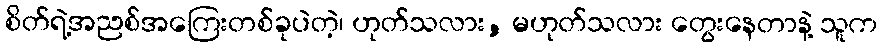
စိတ်ရဲ့အညစ်အကြေးတစ်ခုပဲတဲ့၊ ဟုတ်သလား, မဟုတ်သလား တွေးနေတာနဲ့ သူက